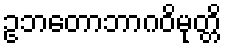
ဥဘတောဘာဂဝိမုတ္တိ